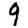
Digit: 9